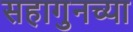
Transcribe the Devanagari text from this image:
सहागुनच्या